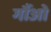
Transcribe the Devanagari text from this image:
गौंओ